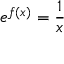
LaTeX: e ^ { f ( x ) } = { \frac { 1 } { x } }